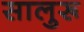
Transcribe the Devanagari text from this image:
सालुरू